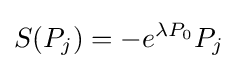
S(P_{j})=-e^{\lambda P_{0}}P_{j}